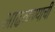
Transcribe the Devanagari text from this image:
आढळण्याची